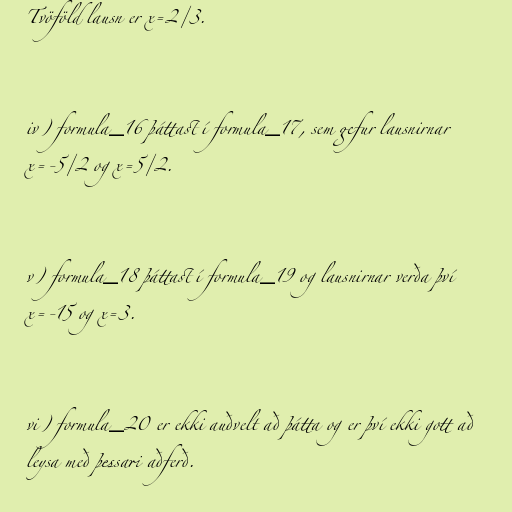
Tvöföld lausn er x=2/3.

iv) formula_16 þáttast í formula_17, sem gefur lausnirnar
x=-5/2 og x=5/2.

v) formula_18 þáttast í formula_19 og lausnirnar verða því
x=-15 og x=3.

vi) formula_20 er ekki auðvelt að þátta og er því ekki gott að
leysa með þessari aðferð.